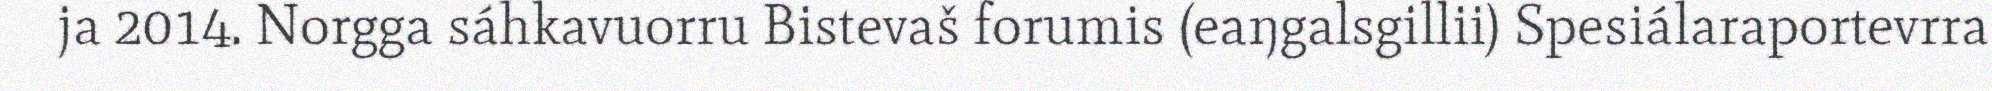
ja 2014. Norgga sáhkavuorru Bistevaš forumis (eaŋgalsgillii) Spesiálaraportevrra